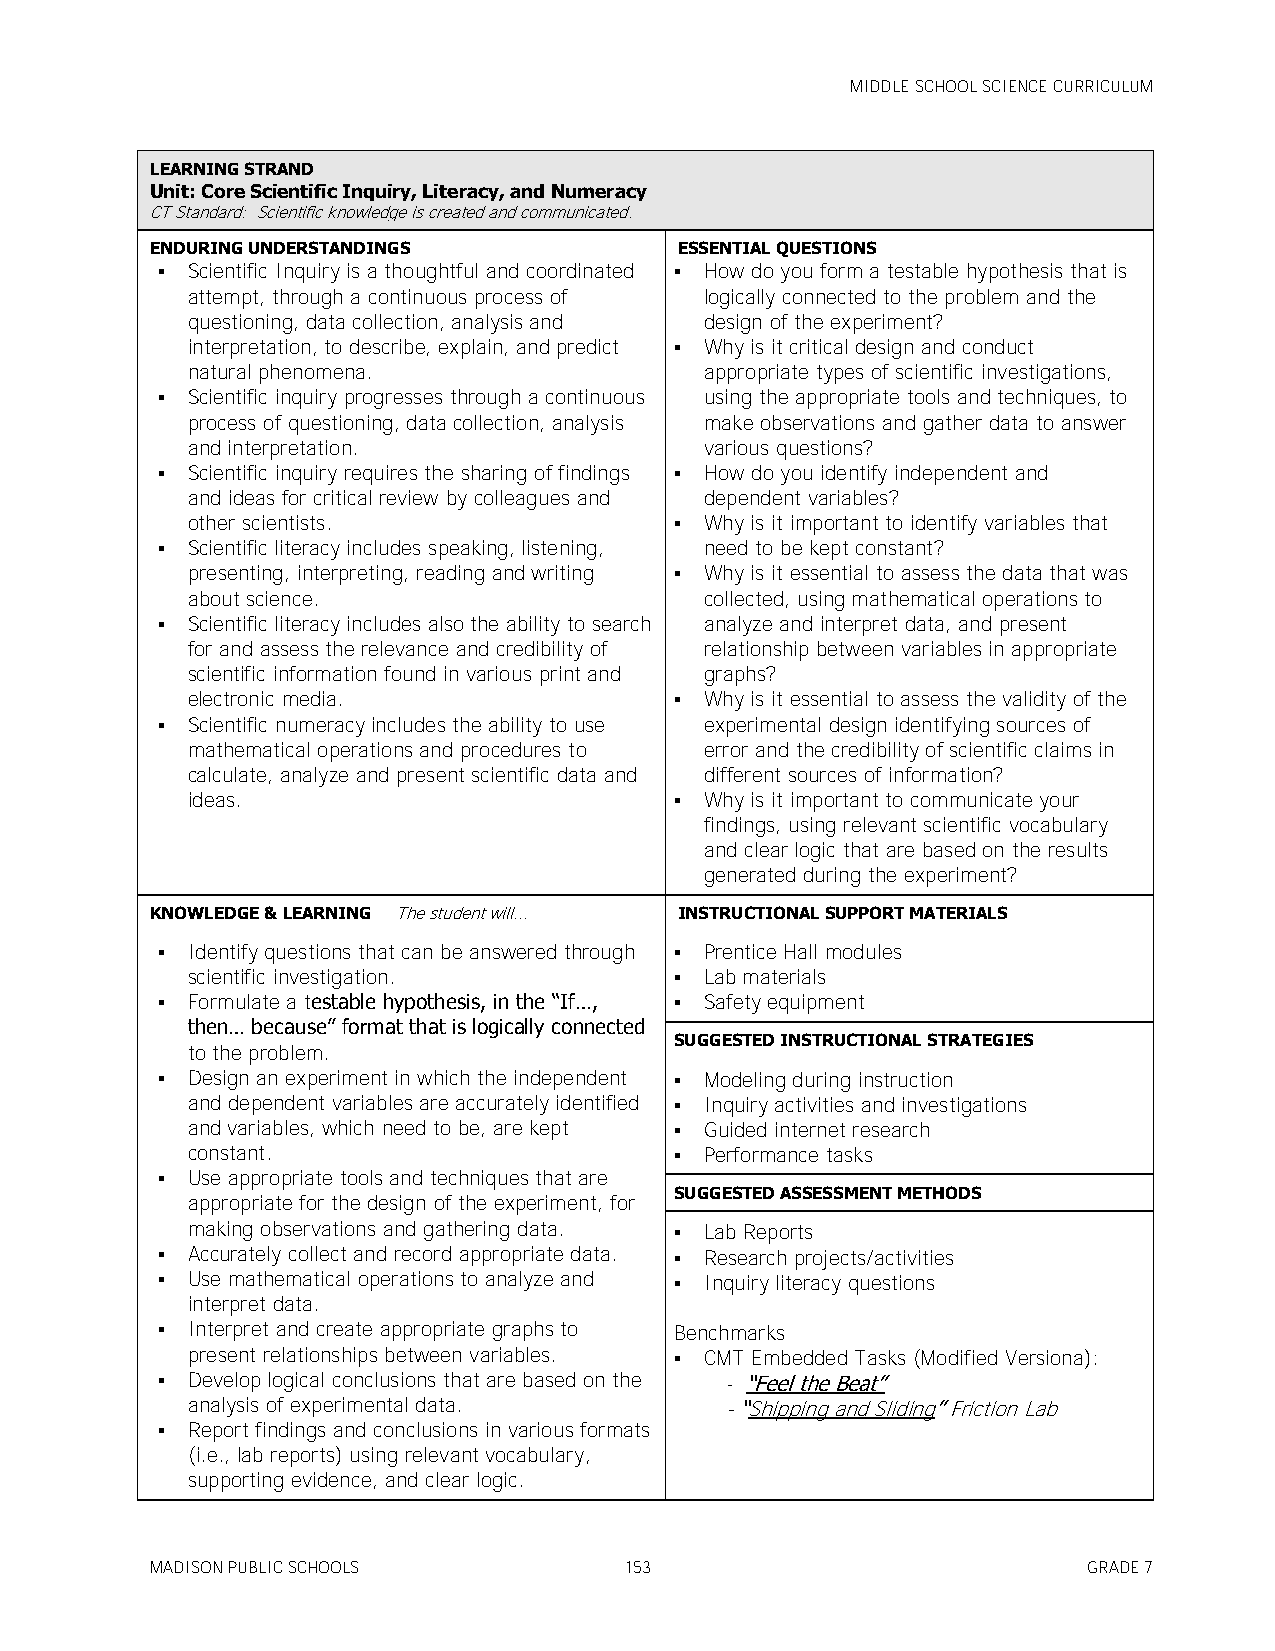
MIDDLE SCHOOL SCIENCE CURRICULUM
 LEARNING STRAND
 Unit: Core Scientific Inquiry, Literacy, and Numeracy
 CT Standard: Scientific knowledge is created and communicated.
 ENDURING UNDERSTANDINGS            ESSENTIAL QUESTIONS
  Scientific Inquiry is a thoughtful and coordinated  How do you form a testable hypothesis that is
 attempt, through a continuous process of logically connected to the problem and the
 questioning, data collection, analysis and design of the experiment?
 interpretation, to describe, explain, and predict  Why is it critical design and conduct
 natural phenomena.                 appropriate types of scientific investigations,
  Scientific inquiry progresses through a continuous using the appropriate tools and techniques, to
 process of questioning, data collection, analysis make observations and gather data to answer
 and interpretation.                various questions?
  Scientific inquiry requires the sharing of findings  How do you identify independent and
 and ideas for critical review by colleagues and dependent variables?
 other scientists.                 Why is it important to identify variables that
  Scientific literacy includes speaking, listening, need to be kept constant?
 presenting, interpreting, reading and writing  Why is it essential to assess the data that was
 about science.                     collected, using mathematical operations to
  Scientific literacy includes also the ability to search analyze and interpret data, and present
 for and assess the relevance and credibility of relationship between variables in appropriate
 scientific information found in various print and graphs?
 electronic media.                 Why is it essential to assess the validity of the
  Scientific numeracy includes the ability to use experimental design identifying sources of
 mathematical operations and procedures to error and the credibility of scientific claims in
 calculate, analyze and present scientific data and different sources of information?
 ideas.                            Why is it important to communicate your
 findings, using relevant scientific vocabulary
 and clear logic that are based on the results
 generated during the experiment?
 KNOWLEDGE & LEARNING The student will... INSTRUCTIONAL SUPPORT MATERIALS
  Identify questions that can be answered through  Prentice Hall modules
 scientific investigation.         Lab materials
  Formulate a testable hypothesis, in the ―If…,  Safety equipment
 then… because‖ format that is logically connected
 SUGGESTED INSTRUCTIONAL STRATEGIES
 to the problem.
  Design an experiment in which the independent  Modeling during instruction
 and dependent variables are accurately identified  Inquiry activities and investigations
 and variables, which need to be, are kept  Guided internet research
 constant.                         Performance tasks
  Use appropriate tools and techniques that are
 SUGGESTED ASSESSMENT METHODS
 appropriate for the design of the experiment, for
 making observations and gathering data.  Lab Reports
  Accurately collect and record appropriate data.  Research projects/activities
  Use mathematical operations to analyze and  Inquiry literacy questions
 interpret data.
  Interpret and create appropriate graphs to Benchmarks
 present relationships between variables.  CMT Embedded Tasks (Modified Versiona):
  Develop logical conclusions that are based on the - ―Feel the Beat‖
 analysis of experimental data.      - ―Shipping and Sliding‖ Friction Lab
  Report findings and conclusions in various formats
 (i.e., lab reports) using relevant vocabulary,
 supporting evidence, and clear logic.
 MADISON PUBLIC SCHOOLS         153                            GRADE 7